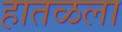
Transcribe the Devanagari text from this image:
हातळला